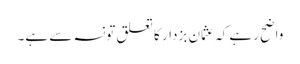
واضح رہے کہ عثمان بزدار کا تعلق تونسہ سے ہے۔